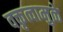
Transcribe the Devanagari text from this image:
वक्तृत्वामुळे